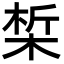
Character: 椞